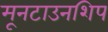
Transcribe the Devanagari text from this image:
मूनटाउनशिप